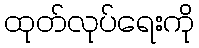
ထုတ်လုပ်ရေးကို